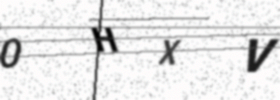
Text: 0HXV